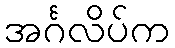
အင်္ဂလိပ်က